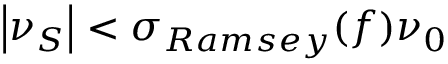
\left| \nu _ { S } \right| < \sigma _ { R a m s e y } ( f ) \nu _ { 0 }